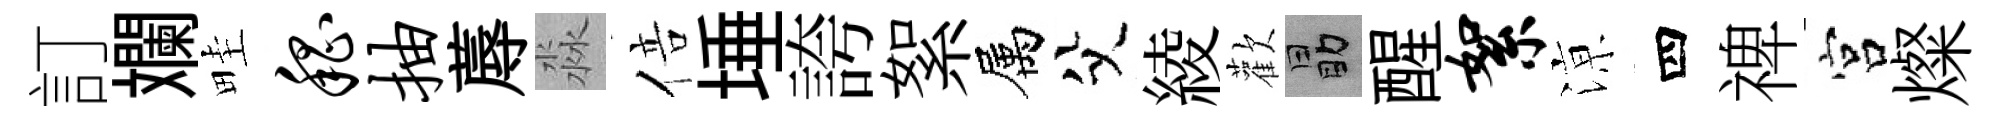
訂斕畦嵇抽蓐淼倍埵誇絮属父綾歡勗醒絮鿌四禆宫燦